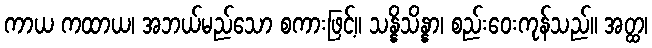
ကာယ ကထာယ၊ အဘယ်မည်သော စကားဖြင့်။ သန္နိသိန္နာ၊ စည်းဝေးကုန်သည်။ အတ္ထ၊